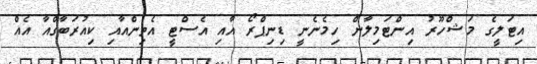
އިޓަލީގެ މަޝްހޫރު އިންޓަމިލާން ހިމެނެނީ ޑިނިޕްރޯ އާއި އެސްޓީ އެތިންއާއި ކިއުރަބާގްއާ އެއް